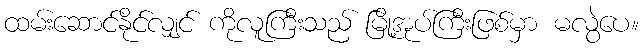
ထမ်းဆောင်နိုင်လျှင် ကိုလူကြီးသည် မြို့အုပ်ကြီးဖြစ်မှာ မလွဲပေ။